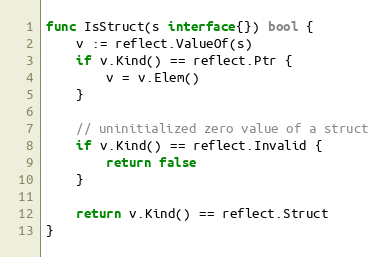
Language: Go
func IsStruct(s interface{}) bool {
	v := reflect.ValueOf(s)
	if v.Kind() == reflect.Ptr {
		v = v.Elem()
	}

	// uninitialized zero value of a struct
	if v.Kind() == reflect.Invalid {
		return false
	}

	return v.Kind() == reflect.Struct
}